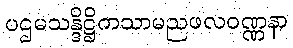
ပဌမသန္ဒိဋ္ဌိကသာမညဖလဝဏ္ဏနာ